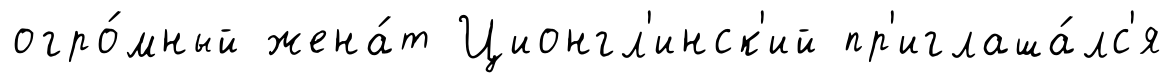
огро́мный жена́т Ционгл'инск'ий пр'иглаша́лс'я